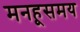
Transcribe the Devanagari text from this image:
मनहूसमय